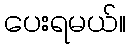
ပေးရမယ်။